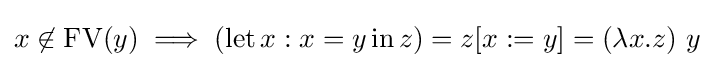
x\not \in \operatorname {FV} (y)\implies (\operatorname {let} x:x=y\operatorname {in} z)=z[x:=y]=(\lambda x.z)\ y